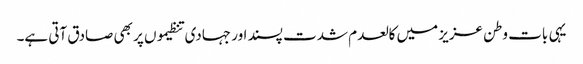
یہی بات وطن عزیز میں کالعدم شدت پسند اور جہادی تنظیموں پر بھی صادق آتی ہے۔